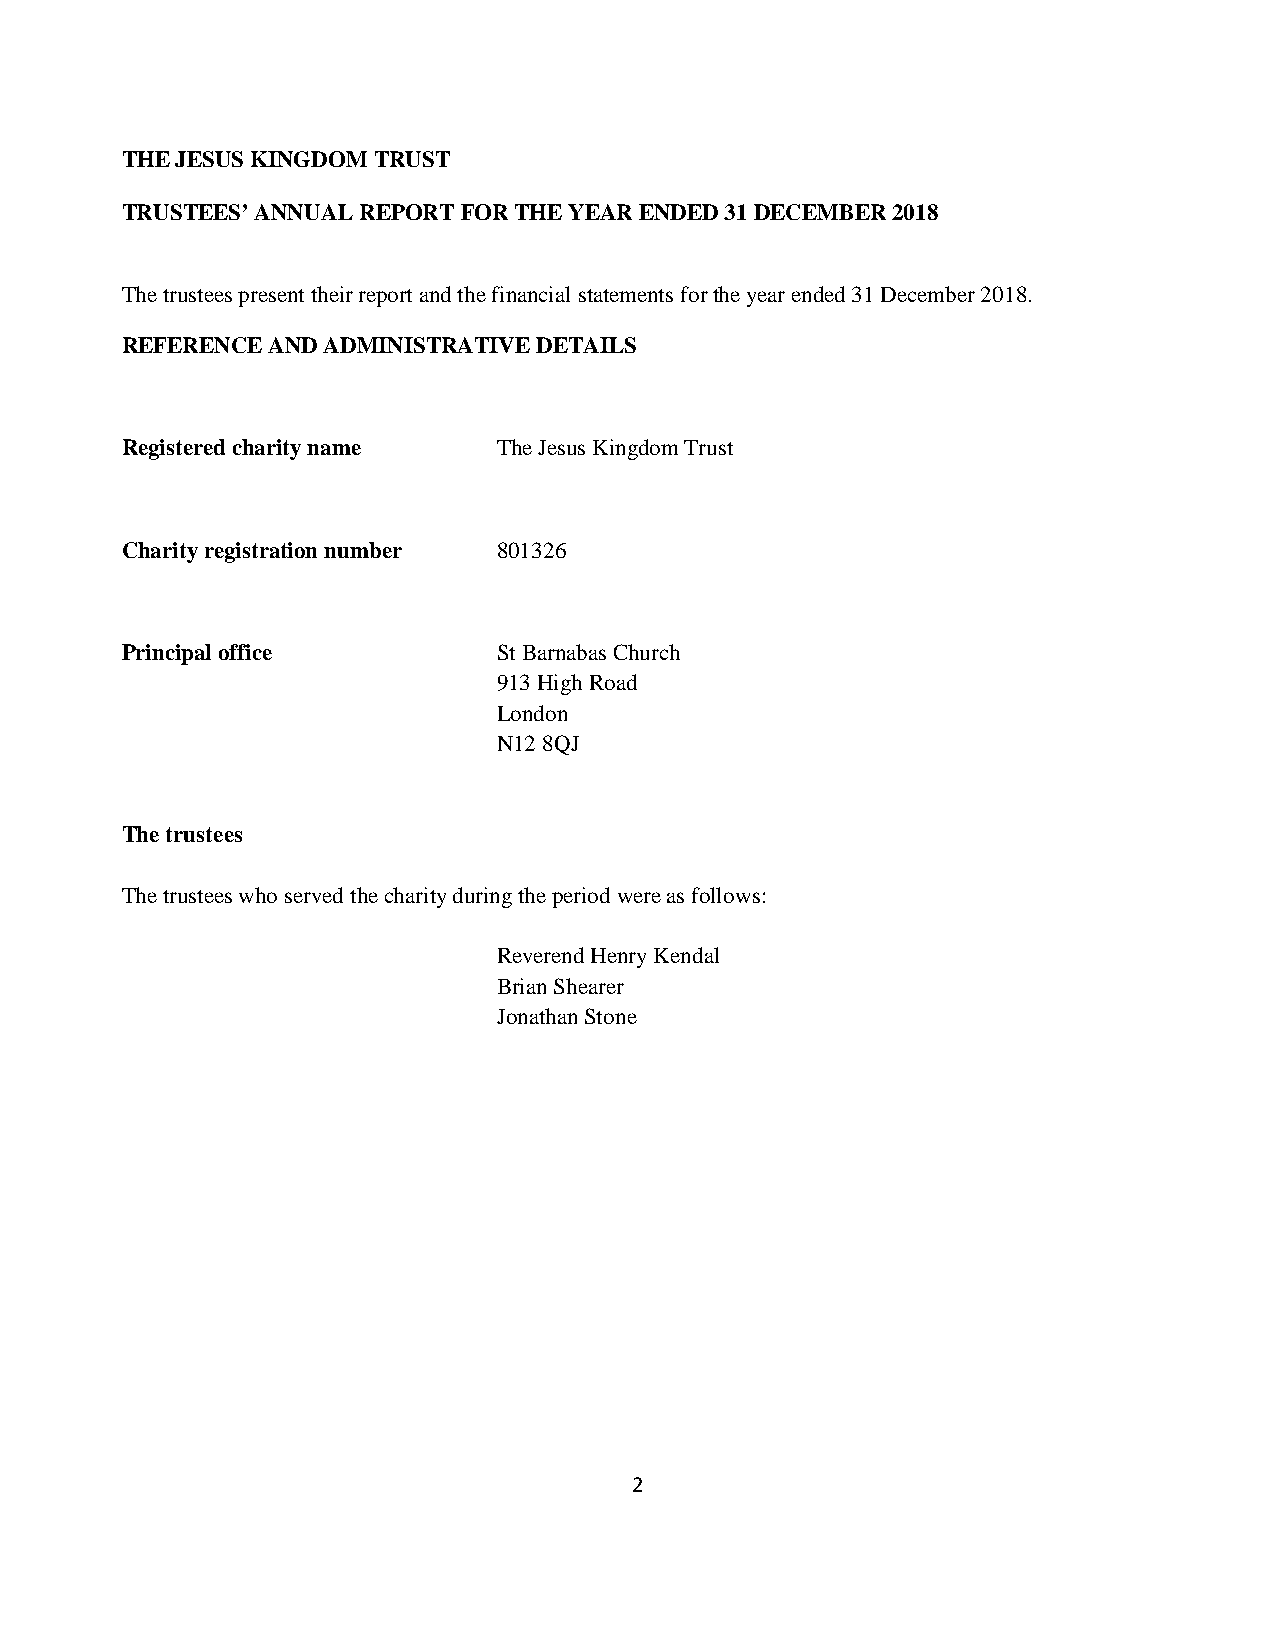
THE JESUS KINGDOM TRUST
 TRUSTEES’ ANNUAL REPORT FOR THE YEAR ENDED 31 DECEMBER 2018
 The trustees present their report and the financial statements for the year ended 31 December 2018.
 REFERENCE AND ADMINISTRATIVE DETAILS
 Registered charity name  The Jesus Kingdom Trust
 Charity registration number 801326
 Principal office         St Barnabas Church
 913 High Road
 London
 N12 8QJ
 The trustees
 The trustees who served the charity during the period were as follows:
 Reverend Henry Kendal
 Brian Shearer
 Jonathan Stone
 2